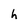
Character: h